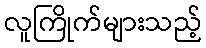
လူကြိုက်များသည့်